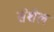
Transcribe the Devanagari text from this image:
सेशेल